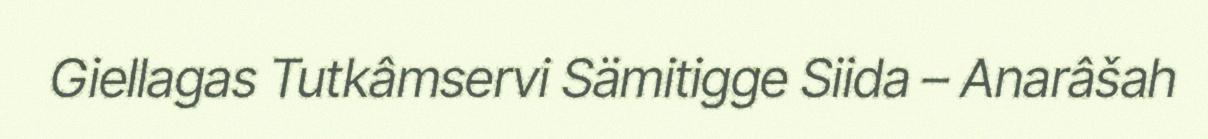
Giellagas Tutkâmservi Sämitigge Siida – Anarâšah